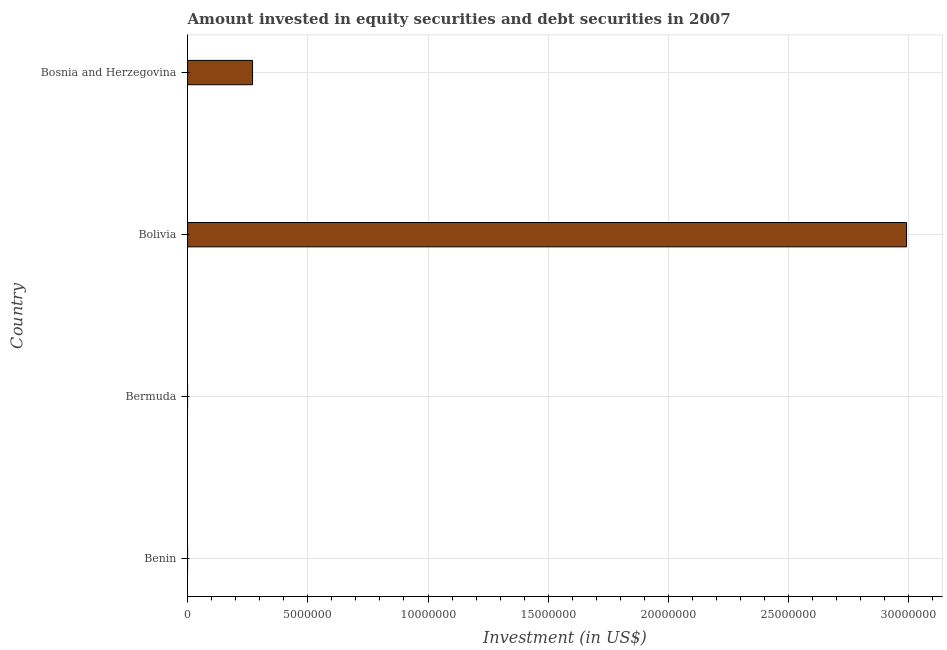
| Country | Portfolio Investment |
 | --- | --- |
 | Benin | -1.83e+07 |
 | Bermuda | -5.75e+06 |
 | Bolivia | 2.99e+07 |
 | Bosnia and Herzegovina | 2.7e+06 |